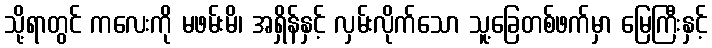
သို့ရာတွင် ကလေးကို မဖမ်းမိ၊ အရှိန်နှင့် လှမ်းလိုက်သော သူ့ခြေတစ်ဖက်မှာ မြေကြီးနှင့်